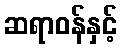
ဆရာဝန်နှင့်